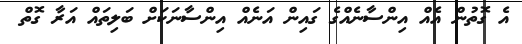
އެ ގޮތުން އެއް އިންސާނެއްގެ ގައިން އަނެއް އިންސާނަކަށް ބަލިތައް އަރާ ގޮތް